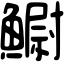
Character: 䲁